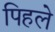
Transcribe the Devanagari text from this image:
पिहले